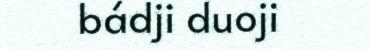
bádji duoji